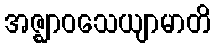
အဇ္ဈာဝသေယျာမာတိ